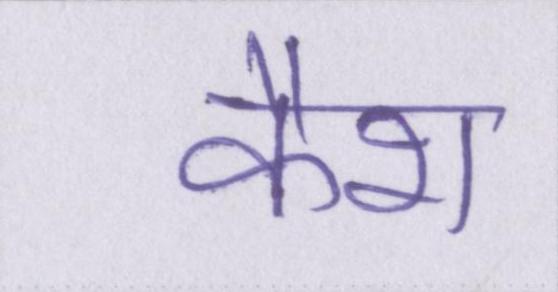
कैश